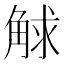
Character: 觩